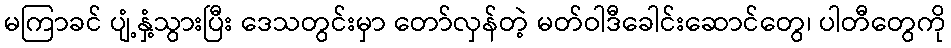
မကြာခင် ပျံ့နှံ့သွားပြီး ဒေသတွင်းမှာ တော်လှန်တဲ့ မတ်ဝါဒီခေါင်းဆောင်တွေ၊ ပါတီတွေကို